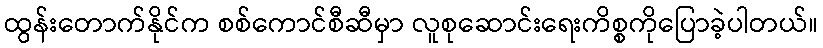
ထွန်းတောက်နိုင်က စစ်ကောင်စီဆီမှာ လူစုဆောင်းရေးကိစ္စကိုပြောခဲ့ပါတယ်။